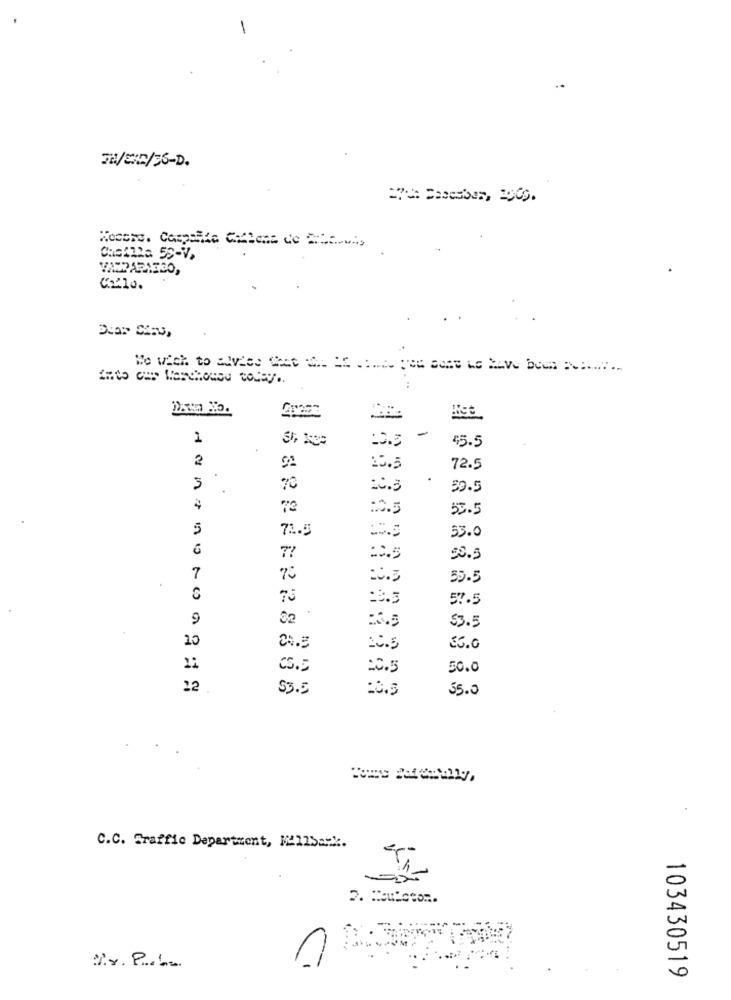
TR/CXC/26-D.
Wesche. Corpoita Callens de Miami,
can2a 5S-V.
Callo.
List
-
1
$5.5
2
15.5
72.5
3
70
:0.5
59.5
72
:3.5
53.5
5
72.5
53.0
7?
50.5
7
:3.5
55.5
75
57.5
9
$3.5
10
04.3
35.0
CS.5
20.5
50.0
22
$3.5
55.0
C.C. Sraffic Department, M211Sap *.
2. Heutetom.
1
103430519